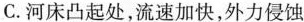
C.河床凸起处，流速加快，外力侵蚀